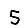
Digit: 5